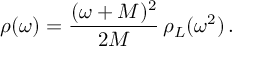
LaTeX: \rho ( \omega ) = \frac { ( \omega + M ) ^ { 2 } } { 2 M } \, \rho _ { L } ( \omega ^ { 2 } ) \, .